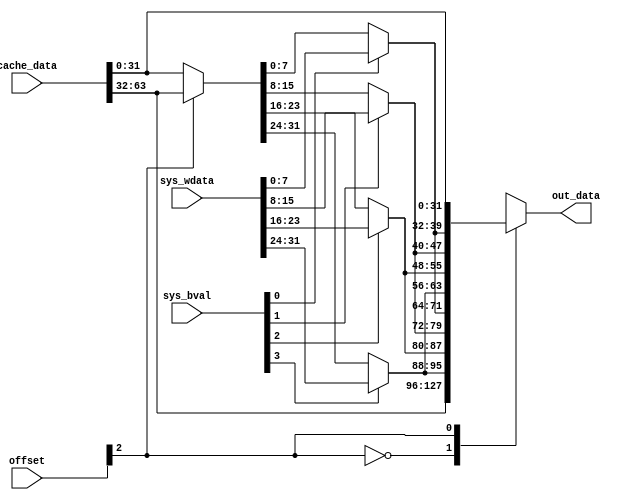
`timescale 1ns / 1ps
//////////////////////////////////////////////////////////////////////////////////
// Company:
// Engineer:
//
// Design Name:
// Module Name:    update_data
// Project Name:
// Target Devices:
// Tool versions:
// Description:
//         64  = 2   32 .
//            ,     4   
//      sys_bval   ,         
// Dependencies:
//
// Revision:
// Revision 0.01 - File Created
// Additional Comments:
//
//////////////////////////////////////////////////////////////////////////////////
module update_data
       #(
           parameter CACHE_STR_WIDTH = 64,
           parameter OFFSET_WIDTH    = 3
       )(
           input      [31:0]                sys_wdata,
           input      [CACHE_STR_WIDTH-1:0] cache_data,

           input      [OFFSET_WIDTH-1:0]    offset,
           input      [3:0]                 sys_bval,

           output reg [CACHE_STR_WIDTH-1:0] out_data
       );

reg  [31:0] c_frame;
wire [31:0] frame;

always @* begin
    case(offset[2])
        1'b0: begin
            c_frame  = cache_data[31:0];
            out_data = { cache_data[63:32], frame};
        end

        1'b1: begin
            c_frame  = cache_data[63:32];
            out_data = {frame, cache_data[31:0]};
        end
    endcase
end

assign frame[7:0]   = sys_bval[0] ? sys_wdata[7:0]      : c_frame[7:0];
assign frame[15:8]  = sys_bval[1] ? sys_wdata[15:8]     : c_frame[15:8];
assign frame[23:16] = sys_bval[2] ? sys_wdata[23:16]    : c_frame[23:16];
assign frame[31:24] = sys_bval[3] ? sys_wdata[31:24]    : c_frame[31:24];

endmodule